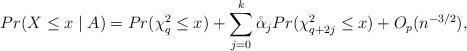
LaTeX: \begin{align*}Pr(X \leq x \mid A)=Pr(\chi^2_q \leq x) +\sum_{j=0}^k \mathring \alpha_j Pr(\chi^2_{q+2j} \leq x)+O_p(n^{-3/2}),\end{align*}